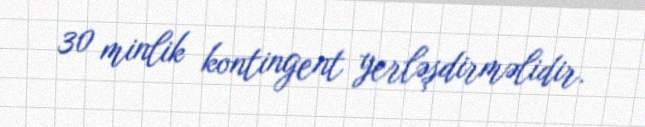
30 minlik kontingent yerləşdirməlidir.